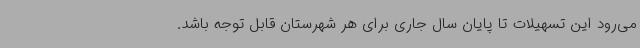
می‌رود این تسهیلات تا پایان سال جاری برای هر شهرستان قابل توجه باشد.